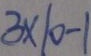
3 \times 1 0 - 1